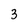
Character: 3